Civil Veterinary Department Bihar reports 1940-50 - 1940-1950
Year: 1940
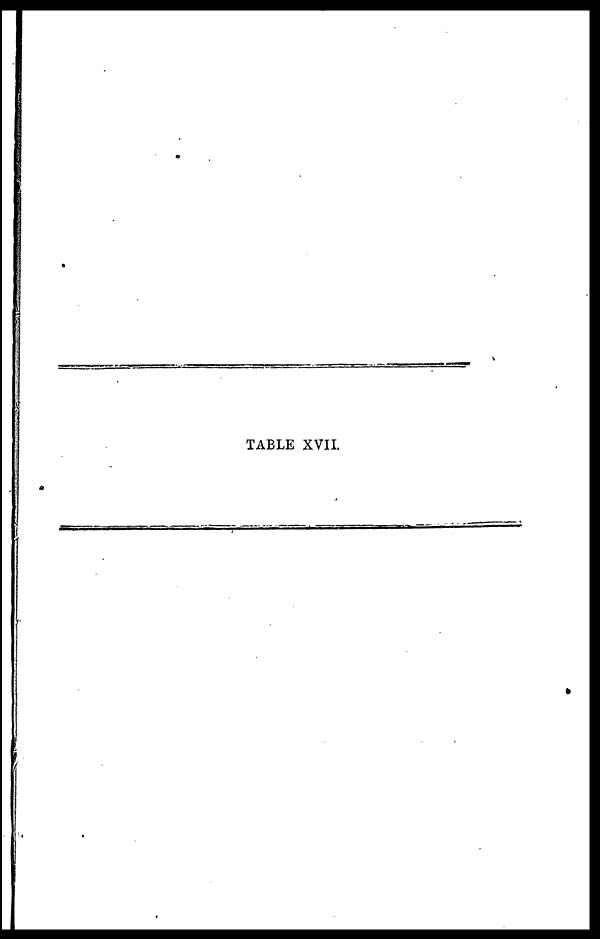
TABLE XVII.